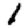
Digit: 1